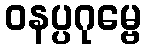
ဝနပ္ပဂုမ္ဗေ